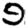
Digit: 9